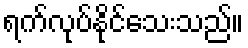
ရက်လုပ်နိုင်သေးသည်။